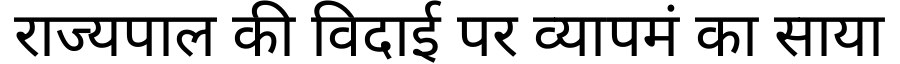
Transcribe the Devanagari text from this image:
राज्यपाल की विदाई पर व्यापमं का साया